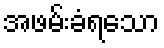
အဖမ်းခံရသော